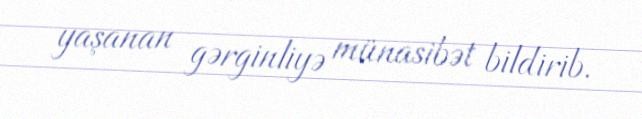
yaşanan gərginliyə münasibət bildirib.